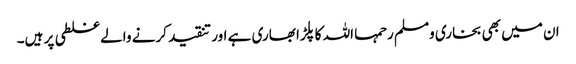
ان میں بھی بخاری ومسلم رحمہا اللہ کا پلڑا بھاری ہے اور تنقید کرنے والے غلطی پر ہیں۔